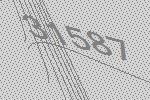
31587